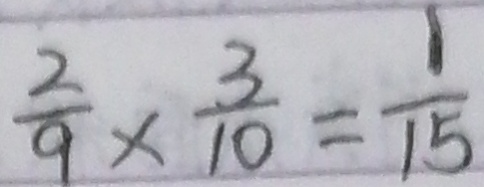
\frac { 2 } { 9 } \times \frac { 3 } { 1 0 } = \frac { 1 } { 1 5 }